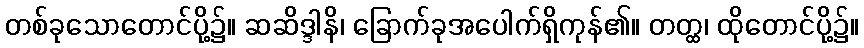
တစ်ခုသောတောင်ပို့၌။ ဆဆိဒ္ဒါနိ၊ ခြောက်ခုအပေါက်ရှိကုန်၏။ တတ္ထ၊ ထိုတောင်ပို့၌။